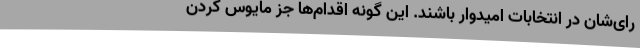
رای‌شان در انتخابات امیدوار باشند. این گونه اقدام‌ها جز مایوس کردن